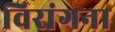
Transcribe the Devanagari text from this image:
विरांगना